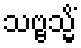
သဗ္ဗသ္မိံ